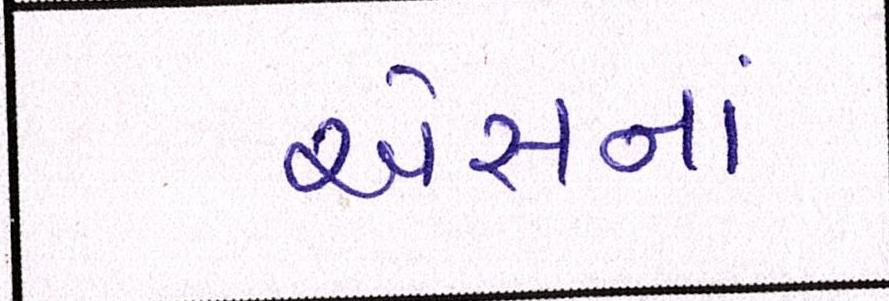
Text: એસનાં